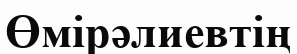
Өмірәлиевтің